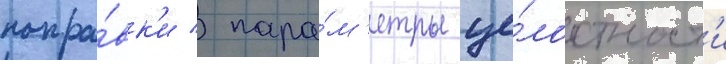
попра́вк'и / пара́м'етры це́лостност'и